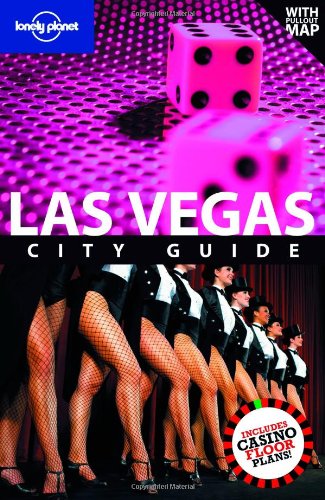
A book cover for Lonely Planet Las Vegas (City Guide); Sara Benson; Travel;